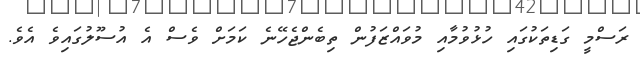
ރަސްމީ ގަޑިތަކުގައި ހުޅުވުމާއި މުވައްޒަފުން ތިބެންޖެހޭނެ ކަމަށް ވެސް އެ އުސޫލުގައިވެ އެވެ.